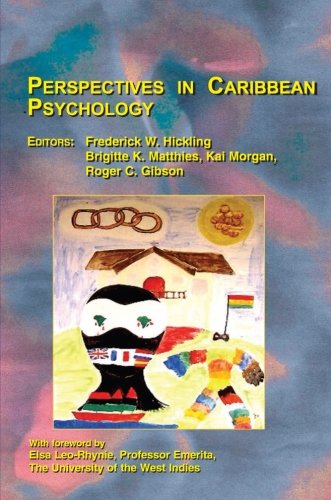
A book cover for Perspectives in Caribbean Psychology; Medical Books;